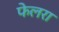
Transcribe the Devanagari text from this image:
फेलरा